Annual administration report of the Civil Veterinary Department of India - 1895-1896
Year: 1895
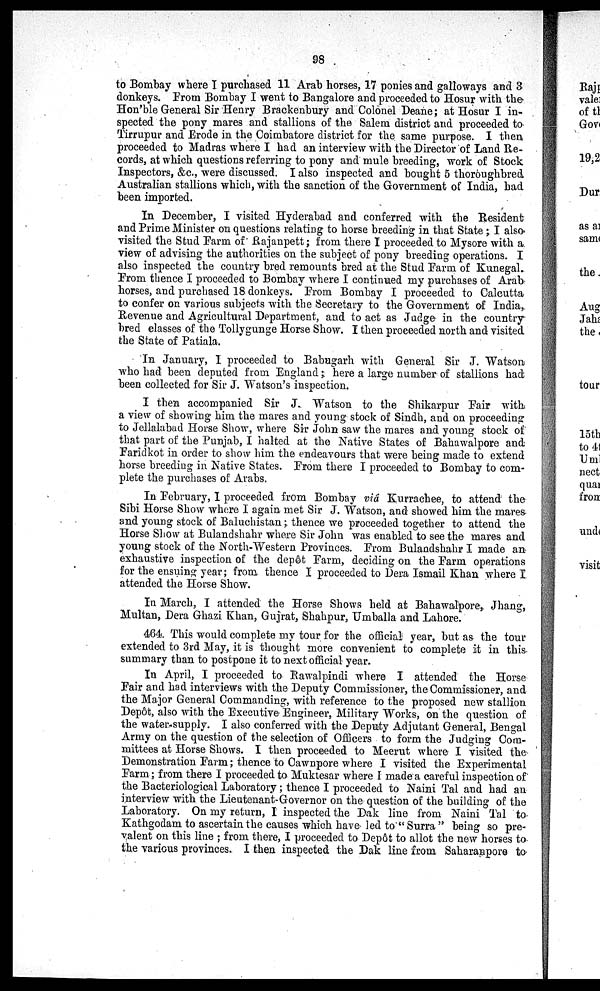
98
to Bombay where I purchased 11 Arab horses, 17 ponies and galloways and 3
donkeys. From Bombay I went to Bangalore and proceeded to Hosur with the
Hon'ble General Sir Henry Brackenbury and Colonel Deane; at Hosur I in-
spected the pony mares and stallions of the Salem district and proceeded to
Tirrupur and Erode in the Coimbatore district for the same purpose. I then
proceeded to Madras where I had an interview with the Director of Land Re-
cords, at which questions referring to pony and mule breeding, work of Stock
Inspectors, &c., were discussed. I also inspected and bought 5 thoroughbred
Australian stallions which, with the sanction of the Government of India, had
been imported.
In December, I visited Hyderabad and conferred with the Resident
and Prime Minister on questions relating to horse breeding in that State; I also
visited the Stud Farm of Rajanpett; from there I proceeded to Mysore with a
view of advising the authorities on the subject of pony breeding operations. I
also inspected the country bred remounts bred at the Stud Farm of Kunegal.
From thence I proceeded to Bombay where I continued my purchases of Arab
horses, and purchased 18 donkeys. From Bombay I proceeded to Calcutta
to confer on various subjects with the Secretary to the Government of India,
Revenue and Agricultural Department, and to act as Judge in the country
bred classes of the Tollygunge Horse Show. I then proceeded north and visited
the State of Patiala.
In January, I proceeded to Babugarh with General Sir J. Watson
who had been deputed from England; here a large number of stallions had
been collected for Sir J. Watson's inspection.
I then accompanied Sir J. Watson to the Shikarpur Fair with
a view of showing him the mares and young stock of Sindh, and on proceeding
to Jellalabad Horse Show, where Sir John saw the mares and young stock of
that part of the Punjab, I halted at the Native States of Bahawalpore and
Faridkot in order to show him the endeavours that were being made to extend
horse breeding in Native States. From there I proceeded to Bombay to com-
plete the purchases of Arabs.
In February, I proceeded from Bombay via Kurrachee, to attend the
Sibi Horse Show where I again met Sir J. Watson, and showed him the mares
and young stock of Baluchistan; thence we proceeded together to attend the
Horse Show at Bulandshahr where Sir John was enabled to see the mares and
young stock of the North-Western Provinces. From Bulandshahr I made an
exhaustive inspection of the depôt Farm, deciding on the Farm operations
for the ensuing year; from thence I proceeded to Dera Ismail Khan where I
attended the Horse Show.
In March, I attended the Horse Shows held at Bahawalpore, Jhang,
Multan, Dera Ghazi Khan, Gujrat, Shahpur, Umballa and Lahore.
464. This would complete my tour for the official year, but as the tour
extended to 3rd May, it is thought more convenient to complete it in this
summary than to postpone it to next official year.
In April, I proceeded to Rawalpindi where I attended the Horse
Fair and had interviews with the Deputy Commissioner, the Commissioner, and
the Major General Commanding, with reference to the proposed new stallion
Depôt, also with the Executive Engineer, Military Works, on the question of
the water-supply. I also conferred with the Deputy Adjutant General, Bengal
Army on the question of the selection of Officers to form the Judging Com-
mittees at Horse Shows. I then proceeded to Meerut where I visited the
Demonstration Farm; thence to Cawnpore where I visited the Experimental
Farm; from there I proceeded to Muktesar where I made a careful inspection of
the Bacteriological Laboratory; thence I proceeded to Naini Tal and had an
interview with the Lieutenant-Governor on the question of the building of the
Laboratory. On my return, I inspected the Dak line from Naini Tal to
Kathgodam to ascertain the causes which have led to "Surra" being so pre-
valent on this line; from there, I proceeded to Depôt to allot the new horses to
the various provinces. I then inspected the Dak line from Saharanpore to